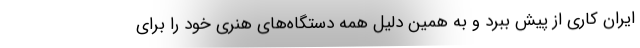
ایران کاری از پیش ببرد و به همین دلیل همه دستگاه‌های هنری خود را برای